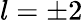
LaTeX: l=\pm 2